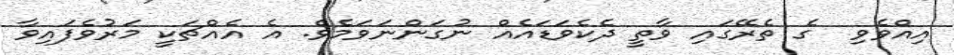
އިއްވެވި  ގެ ތެރޭގައި ވާތީ ދެކެވަޑައެއް ނުގަންނަވަމެވެ. އެ އެއްޗަކީ މަރުވެފައިވާ